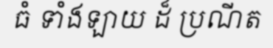
ធំ ទាំងឡាយ ដ៏ ប្រណីត